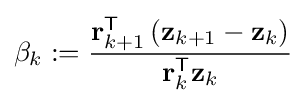
\beta _{k}:={\frac {\mathbf {r} _{k+1}^{\mathsf {T}}\left(\mathbf {z} _{k+1}-\mathbf {z} _{k}\right)}{\mathbf {r} _{k}^{\mathsf {T}}\mathbf {z} _{k}}}